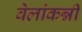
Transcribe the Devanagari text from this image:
वेलांकन्नी